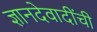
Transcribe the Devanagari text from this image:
ज्ञानदेवादींची